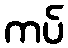
ကပ်